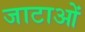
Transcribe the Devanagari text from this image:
जाटाओं